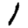
Digit: 1